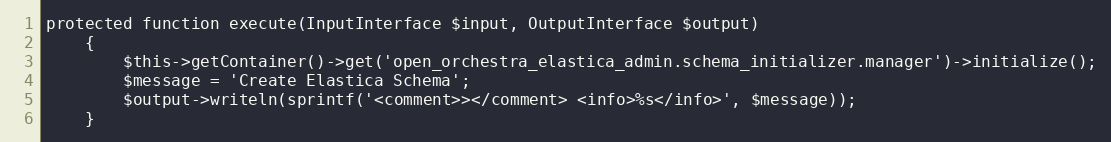
Language: PHP
protected function execute(InputInterface $input, OutputInterface $output)
    {
        $this->getContainer()->get('open_orchestra_elastica_admin.schema_initializer.manager')->initialize();
        $message = 'Create Elastica Schema';
        $output->writeln(sprintf('<comment>></comment> <info>%s</info>', $message));
    }